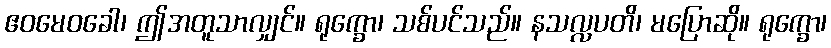
ဧဝမေဝခေါ၊ ဤအတူသာလျှင်။ ရုက္ခော၊ သစ်ပင်သည်။ နသလ္လပတိ၊ မပြောဆို။ ရုက္ခော၊